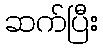
ဆက်ပြီး